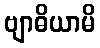
ဗျာဓိယာမိ